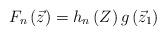
LaTeX: \begin{align*}F_{n}\left({\vec z}\right) = h_{n}\left(Z\right) g\left({\vec z}_{1}\right)\end{align*}